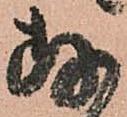
存